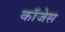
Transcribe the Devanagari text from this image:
कॉजेस